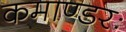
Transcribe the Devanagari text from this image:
कमाण्डरः